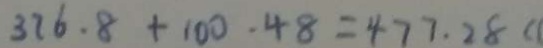
3 7 6 . 8 + 1 0 0 . 4 8 = 4 7 7 . 2 8 (